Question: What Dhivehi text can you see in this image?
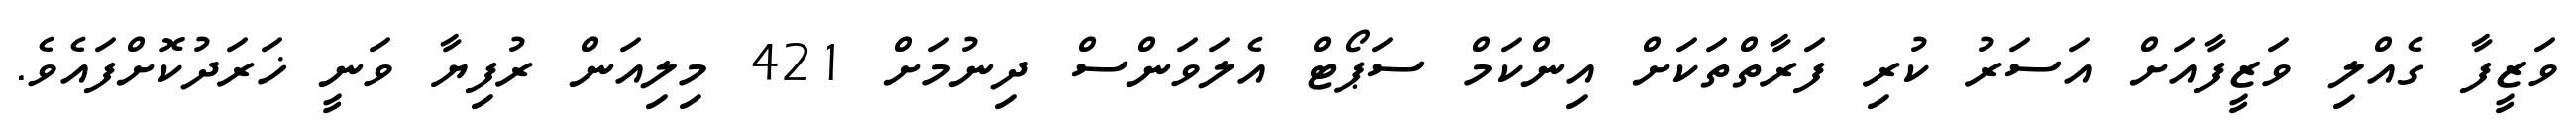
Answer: ވަޒީފާ ގެއްލި ވަޒީފާއަށް އަސަރު ކުރި ފަރާތްތަކަށް އިންކަމް ސަޕޯޓް އެލަވަންސް ދިނުމަށް 421 މިލިއަން ރުފިޔާ ވަނީ ޚަރަދުކޮށްފައެވެ.